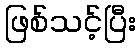
ဖြစ်သင့်ပြီး